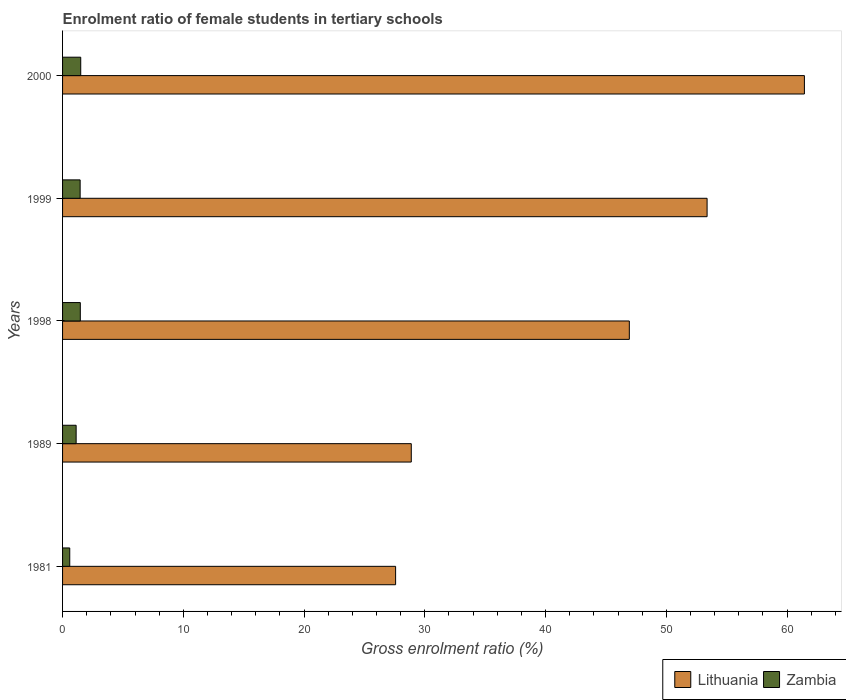
| Years | Lithuania | Zambia |
 | --- | --- | --- |
 | 1981 | 27.6 | 0.595 |
 | 1989 | 28.9 | 1.12 |
 | 1998 | 46.9 | 1.47 |
 | 1999 | 53.4 | 1.46 |
 | 2000 | 61.4 | 1.51 |